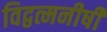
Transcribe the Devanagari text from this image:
विद्वत्मनीषी